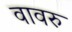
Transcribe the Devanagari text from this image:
वावरु